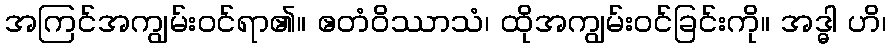
အကြင်အကျွမ်းဝင်ရာ၏။ ဧတံဝိဿာသံ၊ ထိုအကျွမ်းဝင်ခြင်းကို။ အဒ္ဓါ ဟိ၊